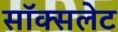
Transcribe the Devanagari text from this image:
सॉक्सलेट